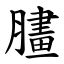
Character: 䐸